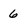
Character: 6